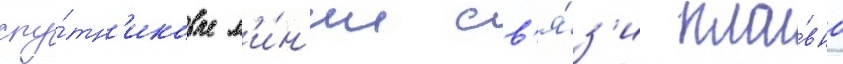
спу́тн'иковые л'и́н'ии св'я́з'и пла́вно